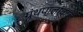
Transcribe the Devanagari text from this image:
ग्रंथपालांकडे